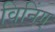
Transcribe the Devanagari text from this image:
विनिंग्